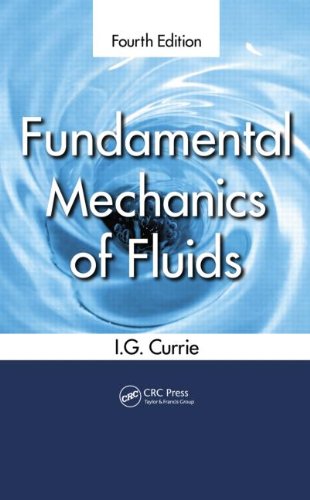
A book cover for Fundamental Mechanics of Fluids, Fourth Edition; I.G. Currie; Engineering & Transportation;